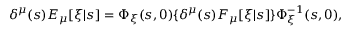
\delta ^ { \mu } ( s ) E _ { \mu } [ \xi | s ] = \Phi _ { \xi } ( s , 0 ) \{ \delta ^ { \mu } ( s ) F _ { \mu } [ \xi | s ] \} \Phi _ { \xi } ^ { - 1 } ( s , 0 ) ,